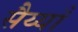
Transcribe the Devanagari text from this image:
सैय्याँ